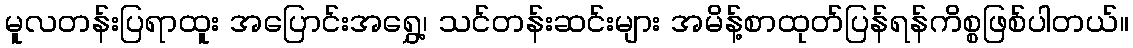
မူလတန်းပြရာထူး အပြောင်းအရွှေ့၊ သင်တန်းဆင်းများ အမိန့်စာထုတ်ပြန်ရန်ကိစ္စဖြစ်ပါတယ်။